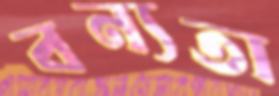
বন্যতা